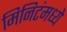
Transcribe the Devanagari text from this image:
मिनिटंमध्ये